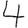
Digit: 4